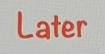
Later